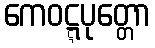
ကေဝဋ္ဋပုတ္တော